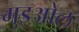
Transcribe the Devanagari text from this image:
मुइओल